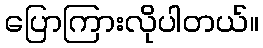
ပြောကြားလိုပါတယ်။